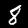
Label: 8